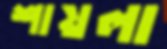
শায়লা